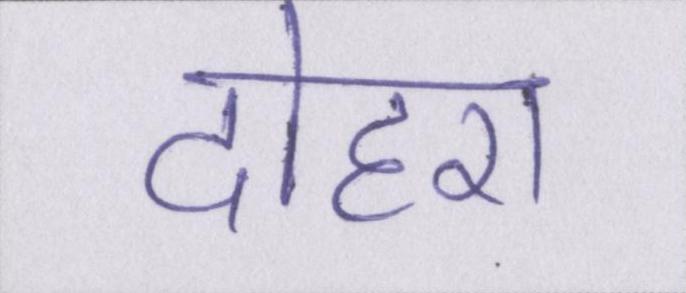
दोहरा